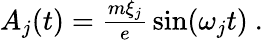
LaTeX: \begin{array}{r}{A_{j}(t)=\frac{m\xi_{j}}{e}\, \sin(\omega_{j}t)\ .}\end{array}